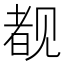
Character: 𬢎